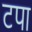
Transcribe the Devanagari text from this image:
टपा